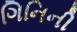
ગિનિની